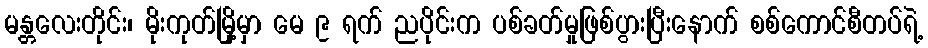
မန္တလေးတိုင်း၊ မိုးကုတ်မြို့မှာ မေ ၉ ရက် ညပိုင်းက ပစ်ခတ်မှုဖြစ်ပွားပြီးနောက် စစ်ကောင်စီတပ်ရဲ့